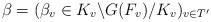
LaTeX: \begin{align*}\beta = (\beta_v \in K_v \backslash G(F_v) / K_v)_{v \in T'}\end{align*}